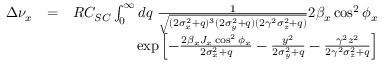
\begin{array} { r l r } { \Delta \nu _ { x } } & { = } & { R C _ { S C } \int _ { 0 } ^ { \infty } d q \; \frac { 1 } { \sqrt { ( 2 \sigma _ { x } ^ { 2 } + q ) ^ { 3 } ( 2 \sigma _ { y } ^ { 2 } + q ) ( 2 \gamma ^ { 2 } \sigma _ { z } ^ { 2 } + q ) } } 2 \beta _ { x } \cos ^ { 2 } \phi _ { x } } \\ & { } & { \exp \left[ - \frac { 2 \beta _ { x } J _ { x } \cos ^ { 2 } \phi _ { x } } { 2 \sigma _ { x } ^ { 2 } + q } - \frac { y ^ { 2 } } { 2 \sigma _ { y } ^ { 2 } + q } - \frac { \gamma ^ { 2 } z ^ { 2 } } { 2 \gamma ^ { 2 } \sigma _ { z } ^ { 2 } + q } \right] } \end{array}